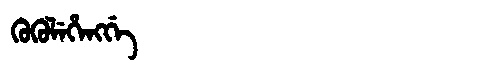
Manchu: ᡴᡠᡴᡠᠯᡝᡥᡝᠩᡤᡝ
Romanization: KUKULEHENGGE